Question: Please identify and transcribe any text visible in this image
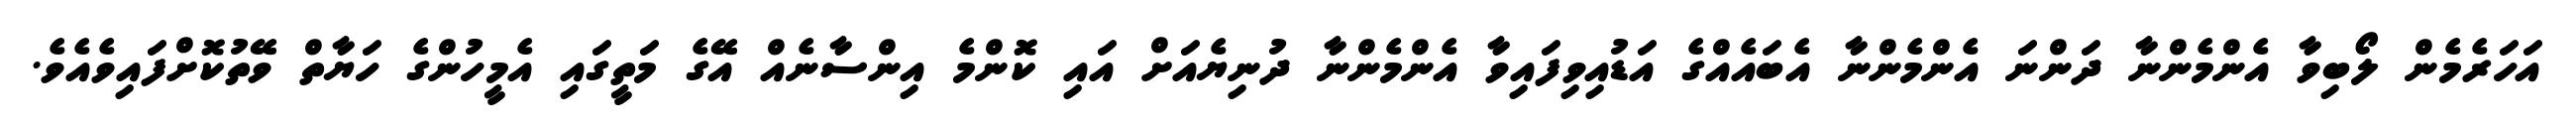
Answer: އަހަރެމެން ލޯބިވާ އެންމެންނާ ދަންނަ އެންމެންނާ އެބައެއްގެ އަޑުއިވިފައިވާ އެންމެންނާ ދުނިޔެއަށް އައި ކޮންމެ އިންސާނެއް އޭގެ މަތީގައި އެމީހުންގެ ހަޔާތް ވޭތުކޮށްފައިވެއެވެ.